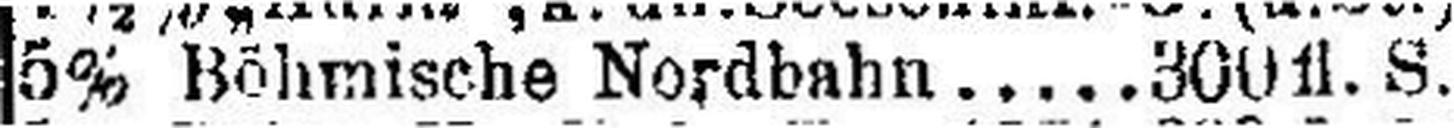
5% Böhmische Nordbahn. 300fl S.